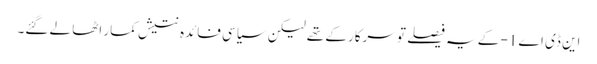
این ڈی اے 1- کے یہ فیصلے تو سرکار کے تھے لیکن سیاسی فائدہ نتیش کمار اٹھا لے گئے۔